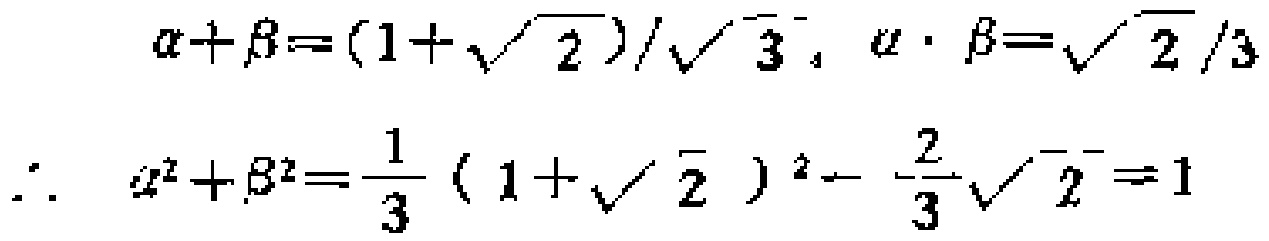
\[\begin{align*}
\alpha+\beta&=\frac{1 + \sqrt{2}}{\sqrt{3}}, \alpha\cdot\beta=\frac{\sqrt{2}}{3}\\
\therefore\ \alpha^{2}+\beta^{2}&=\frac{1}{3}(1 + \sqrt{2})^{2}-\frac{2}{3}\sqrt{2}=1
\end{align*}\]